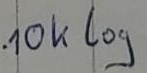
Text: 10k log